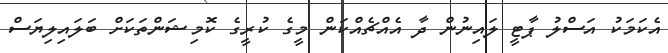
އެކަމަކު އަސްލު ޕާޓީ ލައިނުން ދާ އެއްޗެއްކަން މީގެ ކުރީގެ ކޮމިޝަންތަކަށް ބަލައިލިޔަސް